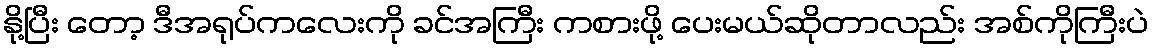
နို့ပြီး တော့ ဒီအရုပ်ကလေးကို ခင်အကြီး ကစားဖို့ ပေးမယ်ဆိုတာလည်း အစ်ကိုကြီးပဲ